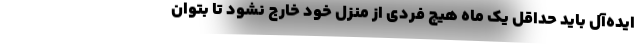
ایده‌آل باید حداقل یک ماه هیچ فردی از منزل خود خارج نشود تا بتوان